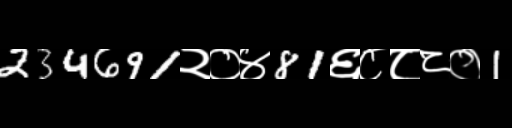
Text: 234691२०४81६८८८०1